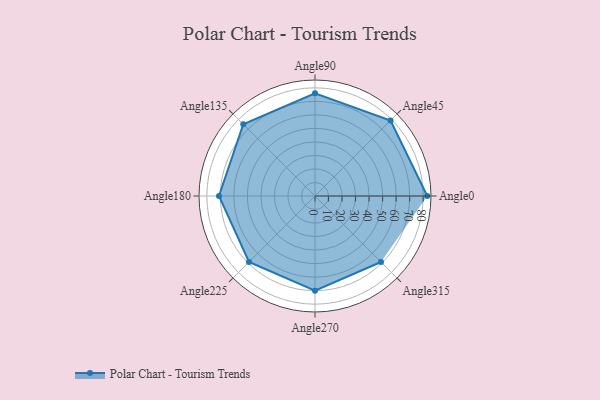
{"axis": {"x": "Angle", "y": "Radius"}, "legend": [""], "data": [{"x": "Angle0", "y": 83.0, "type": ""}, {"x": "Angle45", "y": 79.0, "type": ""}, {"x": "Angle90", "y": 76.0, "type": ""}, {"x": "Angle135", "y": 75.0, "type": ""}, {"x": "Angle180", "y": 71.0, "type": ""}, {"x": "Angle225", "y": 69.0, "type": ""}, {"x": "Angle270", "y": 70.0, "type": ""}, {"x": "Angle315", "y": 69.0, "type": ""}]}